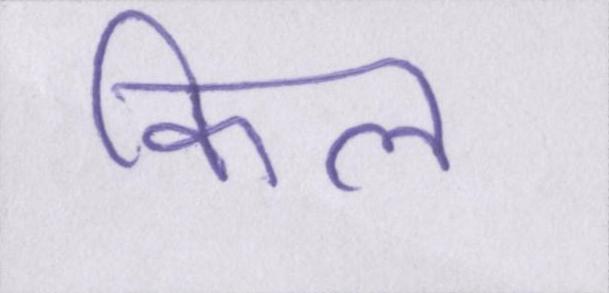
किल